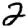
Digit: 2